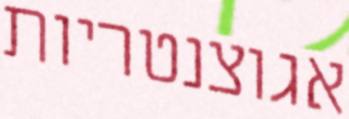
אגוצנטריות